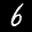
Label: 6